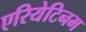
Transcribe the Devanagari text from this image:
एरियेटिनम